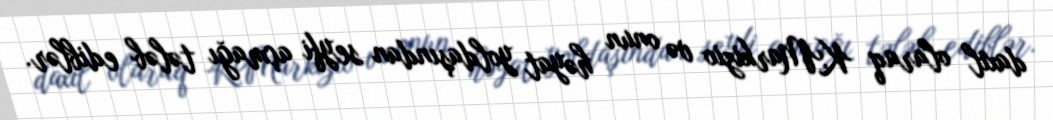
daxil olaraq K.Markizio və onun həyat yoldaşından seyfi açmağı tələb ediblər.